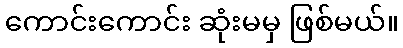
ကောင်းကောင်း ဆုံးမမှ ဖြစ်မယ်။